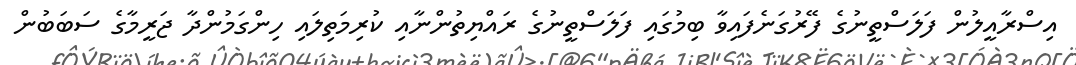
އިސްރާއީލުން ފަލަސްތީނުގެ ފޭރުގަނެފައިވާ ބިމުގައި ފަލަސްތީނުގެ ރައްޔިތުންނާއި ކުރިމަތިލައި ހިންގަމުންދާ ޖަރީމާގެ ސަބަބުން